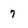
Character: 7